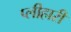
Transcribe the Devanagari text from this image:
प्लीहारी